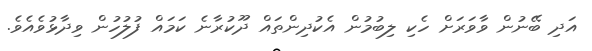
އަދި ބޭނުން ވާވަރަށް ހެކި ލިބުމުން އެކުދިންތައް ދޫކުރާނެ ކަމައް ފުލުހުން ވިދާޅުވެއެވެ.